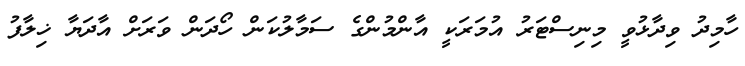
ހާމިދު ވިދާޅުވީ މިނިސްޓަރު އުމަރަކީ އާންމުންގެ ސަމާލުކަން ހޯދަން ވަރަށް އާދަޔާ ޚިލާފު